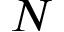
N